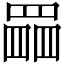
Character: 𦋹